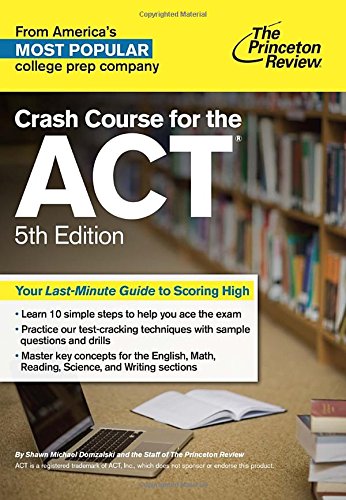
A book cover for Crash Course for the ACT, 5th Edition (College Test Preparation); Princeton Review; Test Preparation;